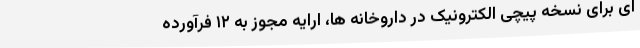
ای برای نسخه پیچی الکترونیک در داروخانه ها، ارایه مجوز به ۱۲ فرآورده